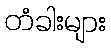
တံခါးများ